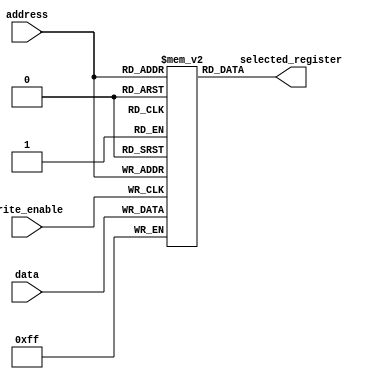
module register_file (
    input wire [7:0] data,
    input wire write_enable,
    input wire [3:0] address,
    output reg [7:0] selected_register
);

reg [7:0] registers [15:0]; // 16 registers in total

always @ (posedge write_enable)
begin
    if (write_enable)
        registers[address] <= data;
end

always @ (address)
begin
    selected_register <= registers[address];
end

endmodule